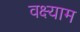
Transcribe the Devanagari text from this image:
वक्ष्याम